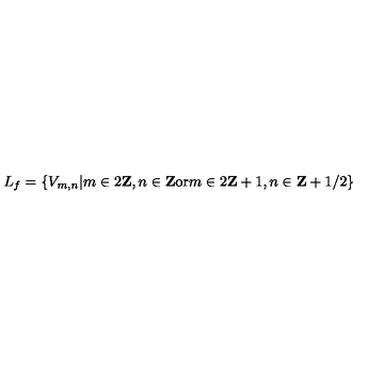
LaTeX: L _ { f } = \left\{ V _ { m , n } | m \in 2 { \bf Z } , n \in { \bf Z } \mathrm { o r } m \in 2 { \bf Z } + 1 , n \in { \bf Z } + 1 / 2 \right\}